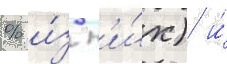
% и́з н'и́х) и́